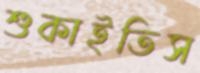
শুকাইতিস